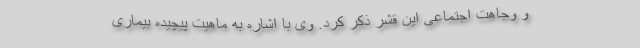
و وجاهت اجتماعی این قشر ذکر کرد. وی با اشاره به ماهیت پیچیده بیماری